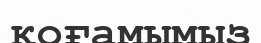
қоғамымыз